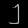
Digit: ၂